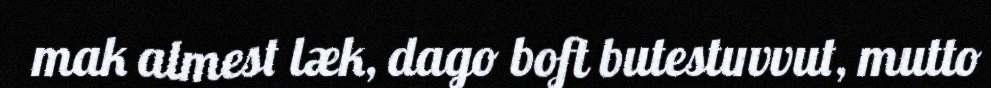
mak almest læk, dago boft butestuvvut, mutto